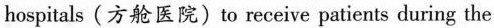
hospitals (方舱医院) to receive patients during the